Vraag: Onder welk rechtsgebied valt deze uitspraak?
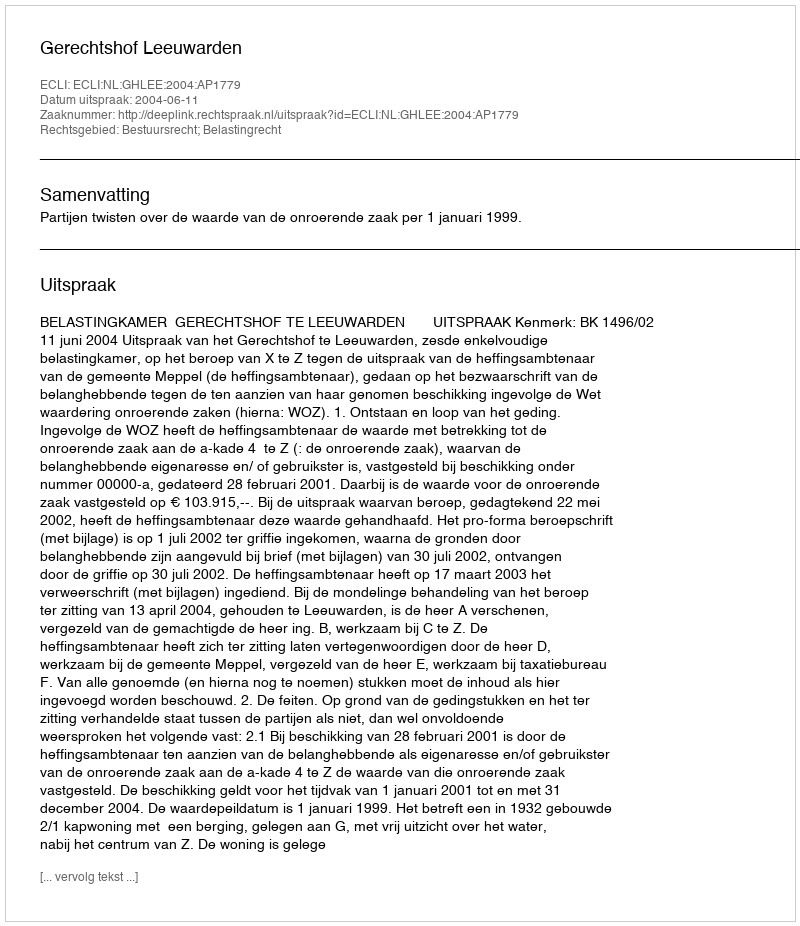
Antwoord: Bestuursrecht; Belastingrecht